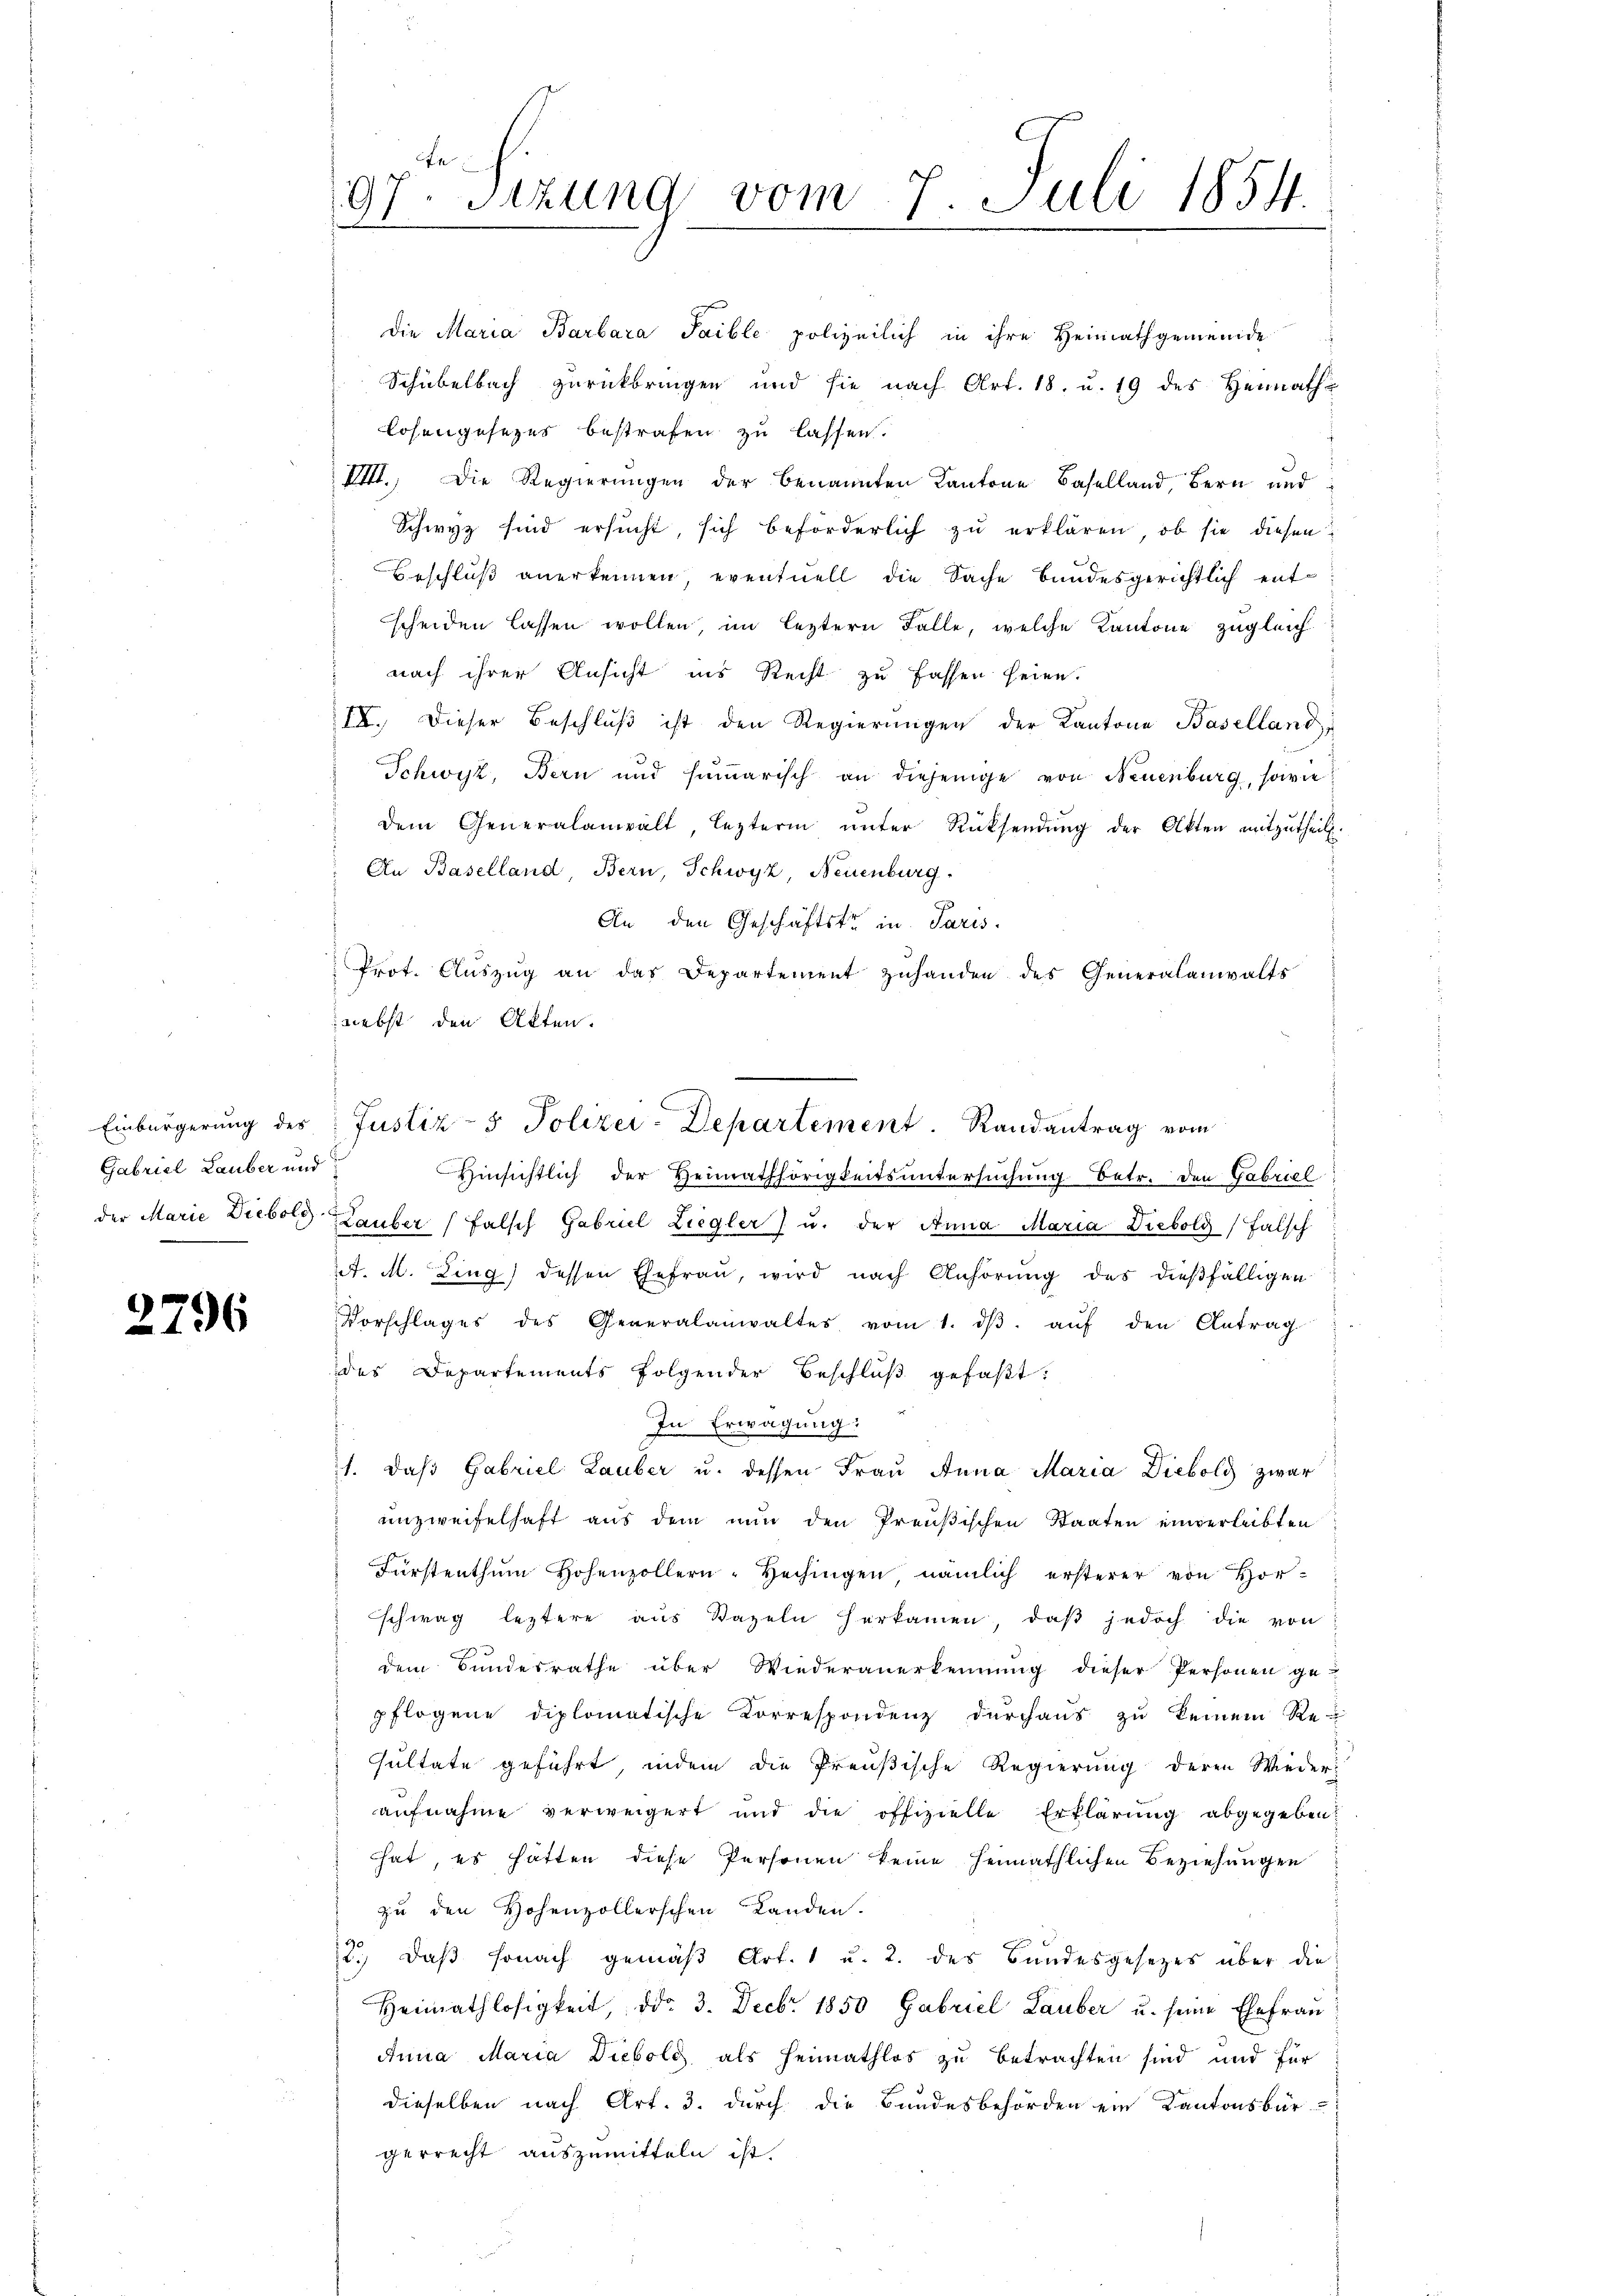
Gabriel Lauber und

2796

Die Maria Barbara Paible polizeilich in ihre Heimathgemeinde
Schübelbach zurückbringen und sie nach Art. 18. u. 19 des Heimath-
losengesezes bestrafen zu lassen.
VIII. Die Regierungen der benannten Kantone Baselland, Bern und
Schwyz sind ersucht, sich beförderlich zu erklären, ob sie diesen
Beschluß anerkennen eventuell die Sache bandesgerichtlich entscheiden lassen wollen, im leztern Falle, welche Kantone zugleich
nach ihrer Ansicht ins Recht zu fassen seien.
IV. Dieser Beschlŭβ ist den Regierŭngen der Kantone Baselland,
Schwyz, Bern und summarisch an diejenige von Neuenburg, sowie
dem Generalanwalt, leztern ŭnter Rücksendŭng der Akten mitzŭtheilt.
An Baselland, Bern, Schwyz, Neuenburg.
An den Geschäftstr in Paris
Prot. Aŭszŭg an das Departement zuhanden des Generalanwalts
nebst den Akten.
Hinsichtlich der Heimathörigkeitsuntersŭchŭng betr. den Gabriel
der Marie Diebold Lauber (falsch Gabriel Liegler u. der Anna Maria Diebold, falsch
2t. M. Zing) dessen Ehefrau, wird nach Anhörung des dießfälligen
Vorschlages des Generalanwaltes vom 1. dβ aŭf den Antrag
des Departements folgender Beschluß gefaßt:
In Erwägung:
1. daß Gabriel Lauber u. dessen Frau Anna Maria Diebold zwar
unzweifelhaft aus dem nun den Preußischen Staaten einverleibten
Fürstenthŭm Hohenzollern-Hechingen, nämlich ersterer von Horschwag leztere aus Baseln herkamen, daβ jedoch die von
dem Bundesrathe über Wiederanerkennung dieser Personen ge-
pflogene diplomatische Korrespondenz durchaŭs zŭ keinem Re-
sultate geführt, indem die Preußische Regierung deren Wieder-
aufnahme verweigert und die offizielle Erklärung abgegeben
hat, es hatten diese Personen keine heimathlichen Beziehungen
zu den Hohenzollerschen Landen.
12.) Daß sonach gemäß Art. 1 u. 2. des Bundesgesetzes über die
Heimathlosigkeit, ddo 3. Decbr. 1850 Gabriel Lauber u. seine Ehefrau
Anna Maria Diebolg als Heimathlos zu betrachten sind und für
dieselben nach Art. 3. durch die Bandesbehörden ein Kantonsbür-
gerrecht auszumitteln ist.

97. Sizung vom 7. Juli 1854.

n
Einbürgerung des Justiz- & Polizei-Departement. Randantrag vom